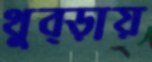
থুব্‌ড়ায়